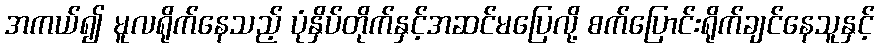
အကယ်၍ မူလရိုက်နေသည့် ပုံနှိပ်တိုက်နှင့်အဆင်မပြေလို့ စက်ပြောင်းရိုက်ချင်နေသူနှင့်